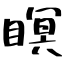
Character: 瞑